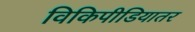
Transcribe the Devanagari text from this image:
विकिपीडियातर